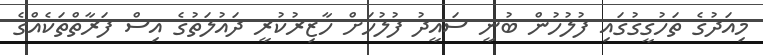
މިއަދުގެ ތަހުގީގުގައި ފުލުހުން ބުނީ ސައީދު ފުލުހަށް ހާޒިރުކުރީ ދައުލަތުގެ އިސް ފަރާތްތަކެއްގެ